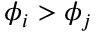
\phi _ { i } > \phi _ { j }